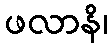
ဖလာနိ၊